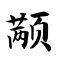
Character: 颟